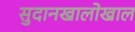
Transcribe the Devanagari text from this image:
सुदानखालोखाल